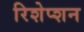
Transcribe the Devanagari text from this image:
रिशेप्शन